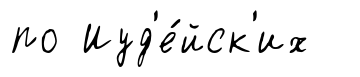
по Иуд'е́йск'их